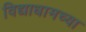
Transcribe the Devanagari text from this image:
विद्याधामच्या